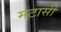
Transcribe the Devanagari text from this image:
मटासी